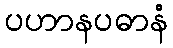
ပဟာနပဓာနံ